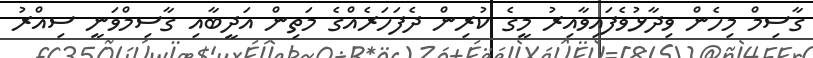
ގާސިމް މިހެން ވިދާޅުވެފައިވާއިރު މީގެ ކުރިން ދެފަހަރެއްގެ މަތިން އަދީބާއި ގާސިމްވަނީ ސިއްރު